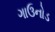
ગાઉનોડ